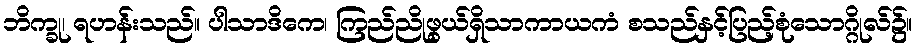
ဘိက္ခု၊ ရဟန်းသည်။ ပါသာဒိကေ၊ ကြည်ညိုဖွယ်ရှိသာကာယကံ စသည်နှင့်ပြည့်စုံသောဂ္ဂိုလ်၌။